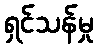
ရှင်သန်မှု